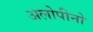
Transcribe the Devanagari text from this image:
अलोपीनो